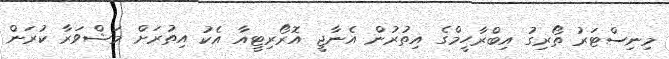
މިނިސްޓަރު ތޯރިގު އިބްރާހީމްގެ އިތުރުން އެނާޖީ އޮރޯރިޓީއާ އެކު އިތުރަށް މަޝްވަރާ ކުރަން